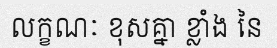
លក្ខណៈ ខុសគ្នា ខ្លាំង នៃ